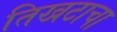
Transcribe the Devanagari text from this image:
तिखटाचा